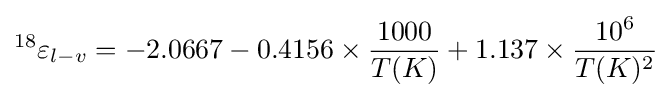
^{18}\varepsilon _{l-v}=-2.0667-0.4156\times {1000 \over T(K)}+1.137\times {10^{6} \over T(K)^{2}}